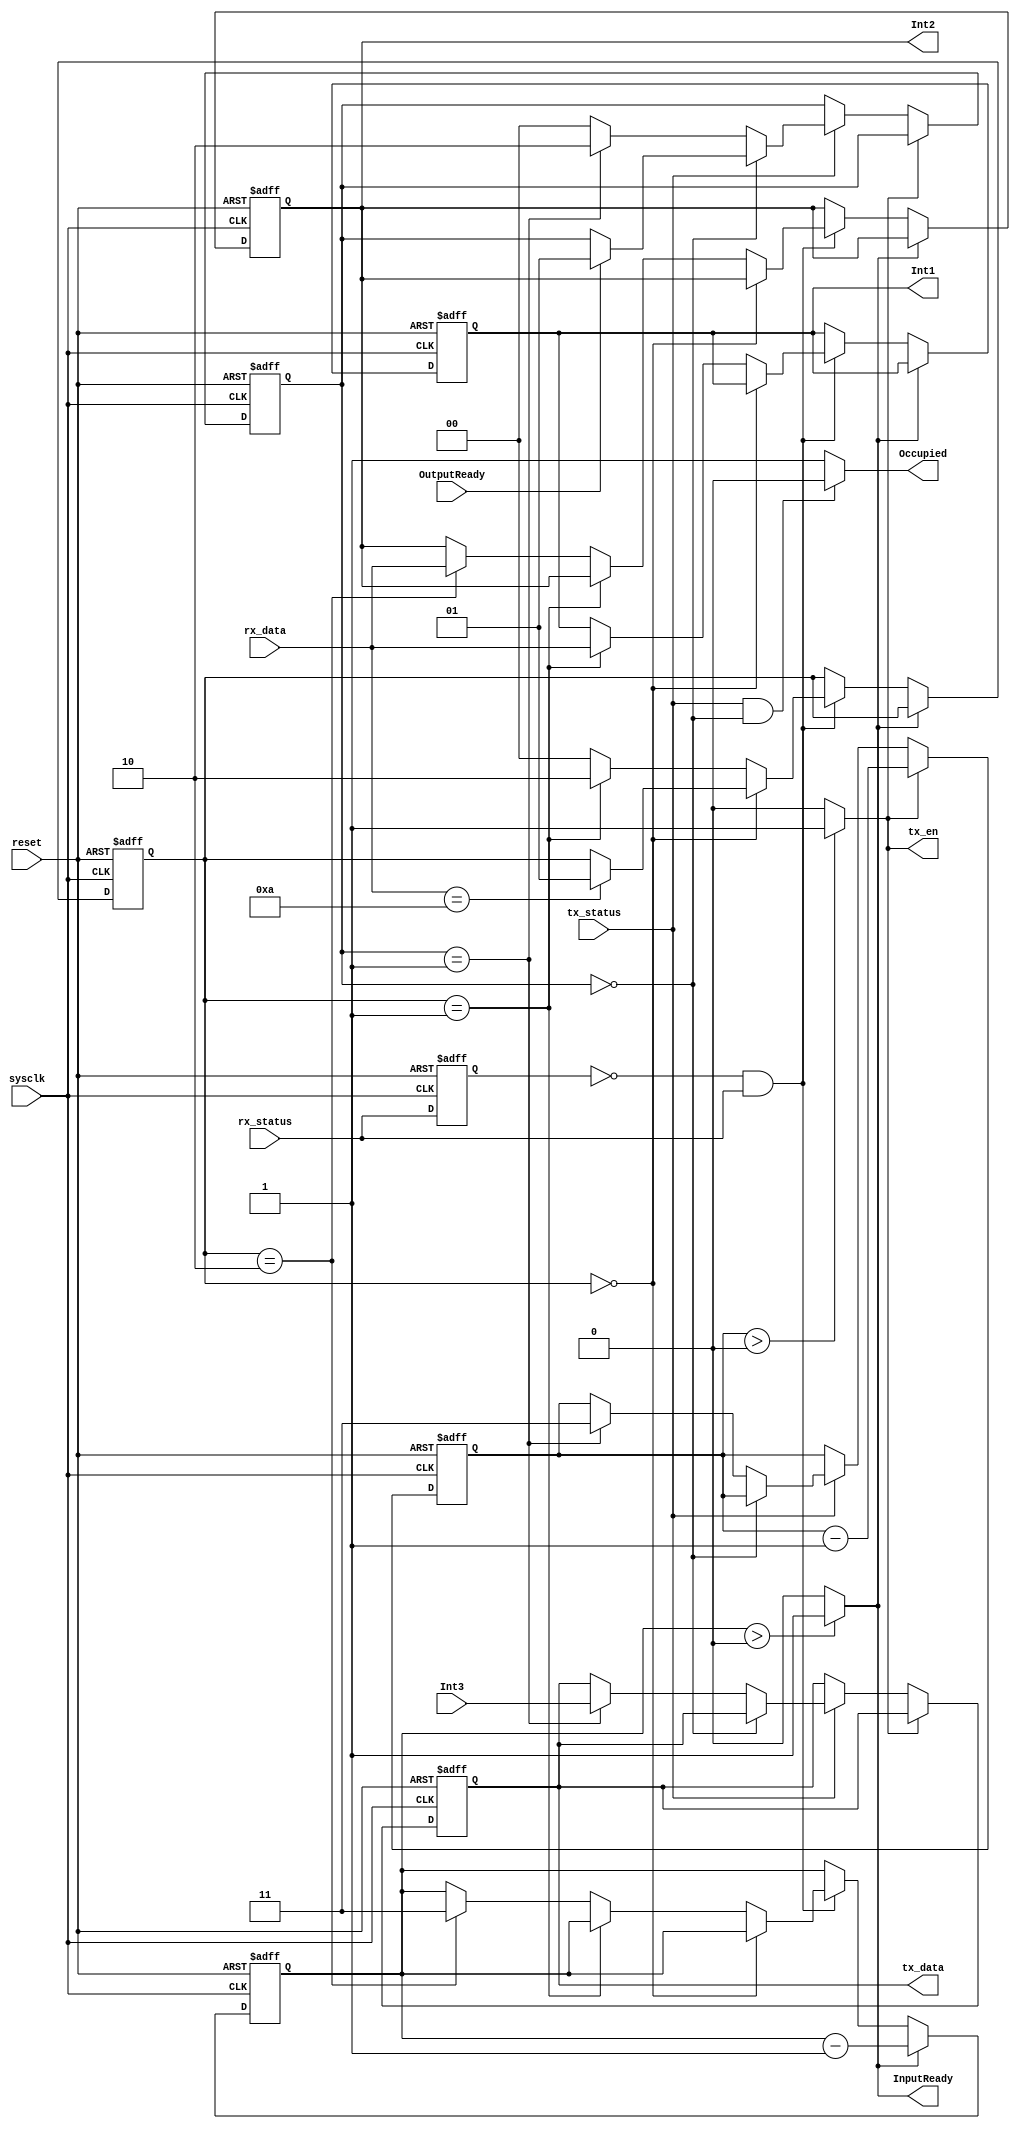
module controller(
	input [7:0] rx_data,
	input rx_status, //
	input sysclk,
	input tx_status, //
	input reset,
	input [7:0] Int3,
	input OutputReady,
	output reg [7:0] tx_data,
	output tx_en,
	output reg [7:0] Int1,
	output reg [7:0] Int2,
	output InputReady,
	output Occupied
	);

    reg [1:0] rx_cnt;
    reg [1:0] tx_cnt;

    reg [1:0] InputReady_cnt;
    reg [1:0] tx_en_cnt;

    assign InputReady = (InputReady_cnt > 0)? 1'b1: 1'b0;
    assign tx_en = (tx_en_cnt > 0)? 1'b1: 1'b0;
    assign Occupied = (tx_status && tx_cnt == 2'b00)? 1'b0: 1'b1;

    reg pre_rx_status;
	
	always @(posedge sysclk or negedge reset)
	begin
		if(~reset) begin
			tx_data <= 0;
			Int1 <= 8'b0;
			Int2 <= 8'b0;
			rx_cnt <= 2'b00;
			tx_cnt <= 2'b00;
			pre_rx_status <= 0;
			InputReady_cnt <= 0;
			tx_en_cnt <= 0;
		end
		else begin
		    if(InputReady) InputReady_cnt <= InputReady_cnt - 2'd1;
		    else begin
			    if(~pre_rx_status && rx_status) begin
			        if(rx_cnt == 2'b00) begin
			        	if(rx_data == 8'b00001010) rx_cnt <= 2'd1;
			        end
			        else if(rx_cnt == 2'd1) begin
			            Int1[7:0] <= rx_data;
			            rx_cnt <= 2'd2;
			        end
			        else if(rx_cnt == 2'd2) begin
			            Int2[7:0] <= rx_data;
			            rx_cnt <= 2'd0;			    
			            InputReady_cnt <= 2'b11;
			        end
			        else rx_cnt <= 2'd0;
			    end
			end

			pre_rx_status <= rx_status;

			if(tx_en) tx_en_cnt <= tx_en_cnt - 2'b1;
			else begin
			    if(tx_status) begin
			        if(tx_cnt == 2'b00) begin
			        	if(OutputReady) tx_cnt <= 2'd1;
			        end
			        else if(tx_cnt == 2'd1) begin
			            tx_data <= Int3[7:0];
			            tx_cnt <= 2'd2;
			            tx_en_cnt <= 2'b11;
			        end
			        else tx_cnt <= 2'd0;
				end
			end
		end
	end
endmodule